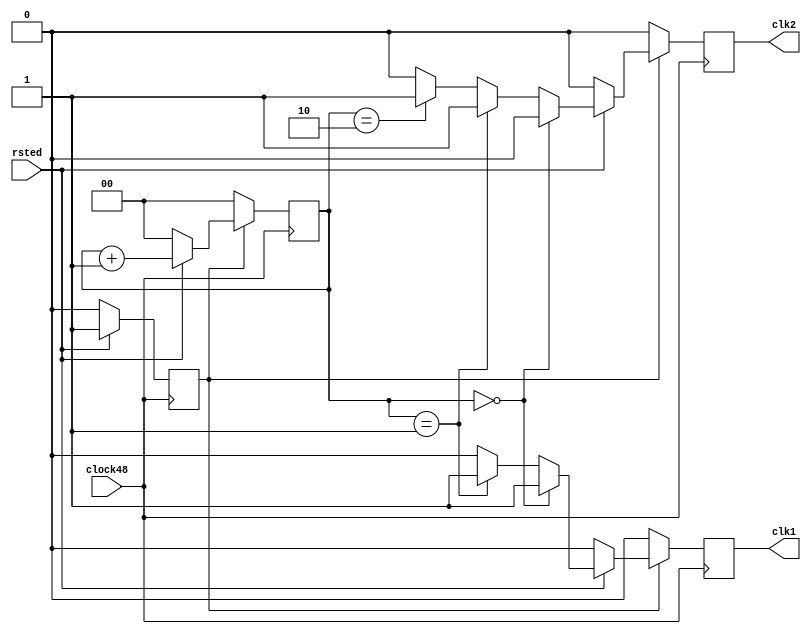

module sample_clk12m_counter(clock48, rsted, clk1, clk2);
	input clock48, rsted;
	output clk1, clk2;
	
	reg clk1, clk2;
	reg [1:0] counts;
	reg rstd_state;
	
	initial begin
		clk1 = 1'b0;
		clk2 = 1'b0;
		counts = 2'b0;
		rstd_state = 1'b0;
	end
	
	always @(posedge clock48)
	begin
		if ( rstd_state == 1'b0 ) begin
			if ( rsted == 1'b1 )
				rstd_state <= 1'b1;
			else 
				rstd_state <= 1'b0;
			clk1 <= 1'b0;
			clk2 <= 1'b0;
			counts <= 2'b00;
		end else begin
			if ( rsted == 1'b1 ) begin
				if ( counts == 2'b00 ) begin
					clk1 <= 1'b1;
					clk2 <= 1'b0;
				end else if ( counts == 2'b01 ) begin
					clk1 <= 1'b1;
					clk2 <= 1'b1;
				end else if ( counts == 2'b10 ) begin
					clk1 <= 1'b0;
					clk2 <= 1'b1;
				end else begin
					clk1 <= 1'b0;
					clk2 <= 1'b0;
				end
				counts <= counts + 1;
			end else begin
				rstd_state <= 1'b0;
				clk1 <= 1'b0;
				clk2 <= 1'b0;
				counts <= 2'b00;
			end
		end
		
		
	end
endmodule